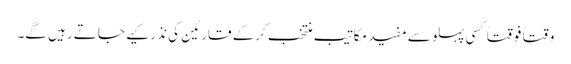
وقتاً فوقتاً کسی پہلو سے مفید مکاتیب منتخب کرکے قارئین کی نذر کیے جاتے رہیں گے۔